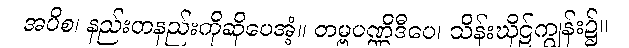
အပိစ၊ နည်းတနည်းကိုဆိုပေအံ့။ တမ္ဗပဏ္ဏိဒီပေ၊ သိန်းဃိုဠ်ကျွန်း၌။